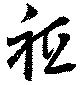
祗